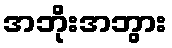
အဘိုးအဘွား